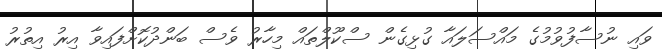
ވައި ނުސާފުވުމުގެ މައްސަލައާ ގުޅިގެން ސްކޫލްތައް މިހާރު ވެސް ބަންދުކޮށްފައިވާ އިރު އިތުރު